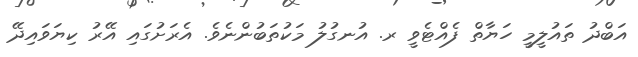
އަބްދު ތައުލީމީ ހަޔާތް ފެއްޓެވީ ރ. އުނގުލު މަކުތަބުންނެވެ. އެރަށުގައި އޭރު ކިޔަވައިދޭ